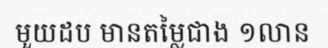
មួយដប មានតម្លៃជាង ១លាន